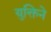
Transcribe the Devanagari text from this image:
युक्तिने